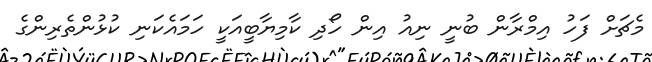
މެޗަށް ފަހު އިމްރާން ބުނީ ނިއު އިން ހޯދި ކާމިޔާބީއަކީ ހަމައެކަނި ކުޅުންތެރިންގެ